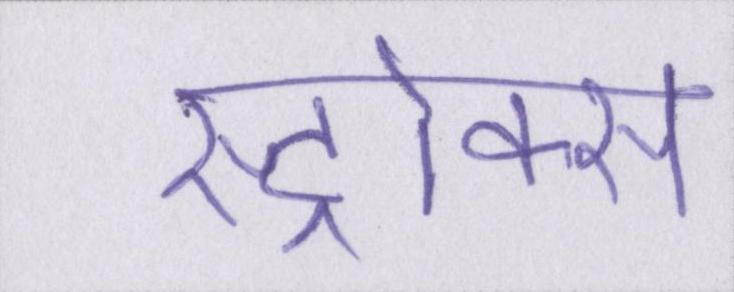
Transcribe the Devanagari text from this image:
स्ट्रोक्स